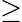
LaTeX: \geq